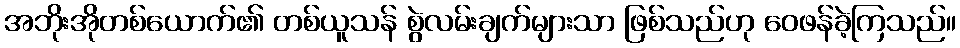
အဘိုးအိုတစ်ယောက်၏ တစ်ယူသန် စွဲလမ်းချက်များသာ ဖြစ်သည်ဟု ဝေဖန်ခဲ့ကြသည်။